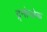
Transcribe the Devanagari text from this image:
द्र्नोव्सेक